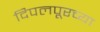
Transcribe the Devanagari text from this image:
दिपलपूरच्या